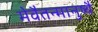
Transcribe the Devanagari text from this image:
मेवैतन्मानुष्यै